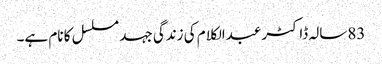
83سالہ ڈاکٹر عبدالکلام کی زندگی جہد مسلسل کا نام ہے۔